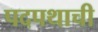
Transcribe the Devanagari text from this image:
पदपथाची